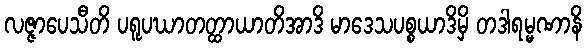
လဇ္ဇာပေသီတိ ပရူပဃာတတ္ထာယာတိအာဒိ မာဒေသပစ္စယာဒိမှိ တဒါရမ္မဏာနိ